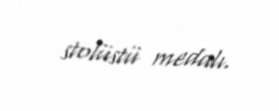
stolüstü medalı.